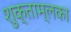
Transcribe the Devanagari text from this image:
शुक्ताम्लका